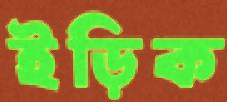
ইড়িক